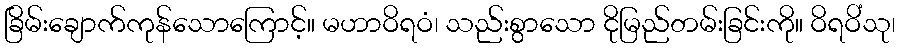
ခြိမ်းချောက်ကုန်သောကြောင့်။ မဟာဝိရဝံ၊ သည်းစွာသော ငိုမြည်တမ်းခြင်းကို။ ဝိရဝိံသု၊